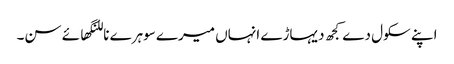
اپنے سکول دے کجھ دیہاڑے انہاں میرے سوہرے ناللنگھائے سن۔